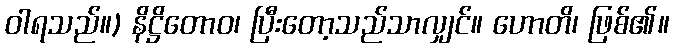
ဝါရသည်။) နိဋ္ဌိတောဝ၊ ပြီးတော့သည်သာလျှင်။ ဟောတိ၊ ဖြစ်၏။